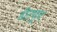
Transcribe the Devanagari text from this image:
डीट्यून